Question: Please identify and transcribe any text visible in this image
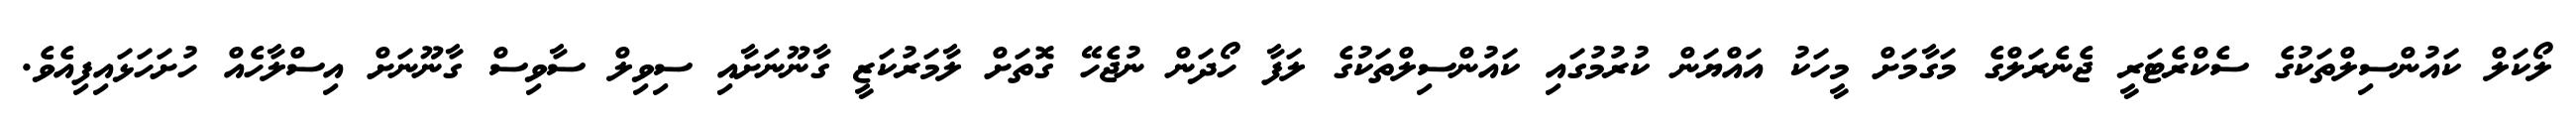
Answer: ލޯކަލް ކައުންސިލްތަކުގެ ސެކްރެޓަރީ ޖެނެރަލްގެ މަގާމަށް މީހަކު އައްޔަން ކުރުމުގައި ކައުންސިލްތަކުގެ ލަފާ ހޯދަން ނުޖެހޭ ގޮތަށް ލާމަރުކަޒީ ގާނޫނަށާއި ސިވިލް ސާވިސް ގާނޫނަށް އިސްލާހެއް ހުށަހަޅައިފިއެވެ.